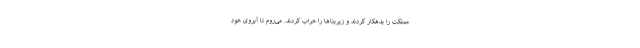
مملکت را بدهکار کردند و زیربناها را خراب کردند. می‌روم تا آبروی خود